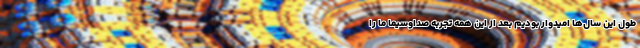
طول این سال‌ها امیدوار بودیم بعد از این همه تجربه صداوسیما ما را